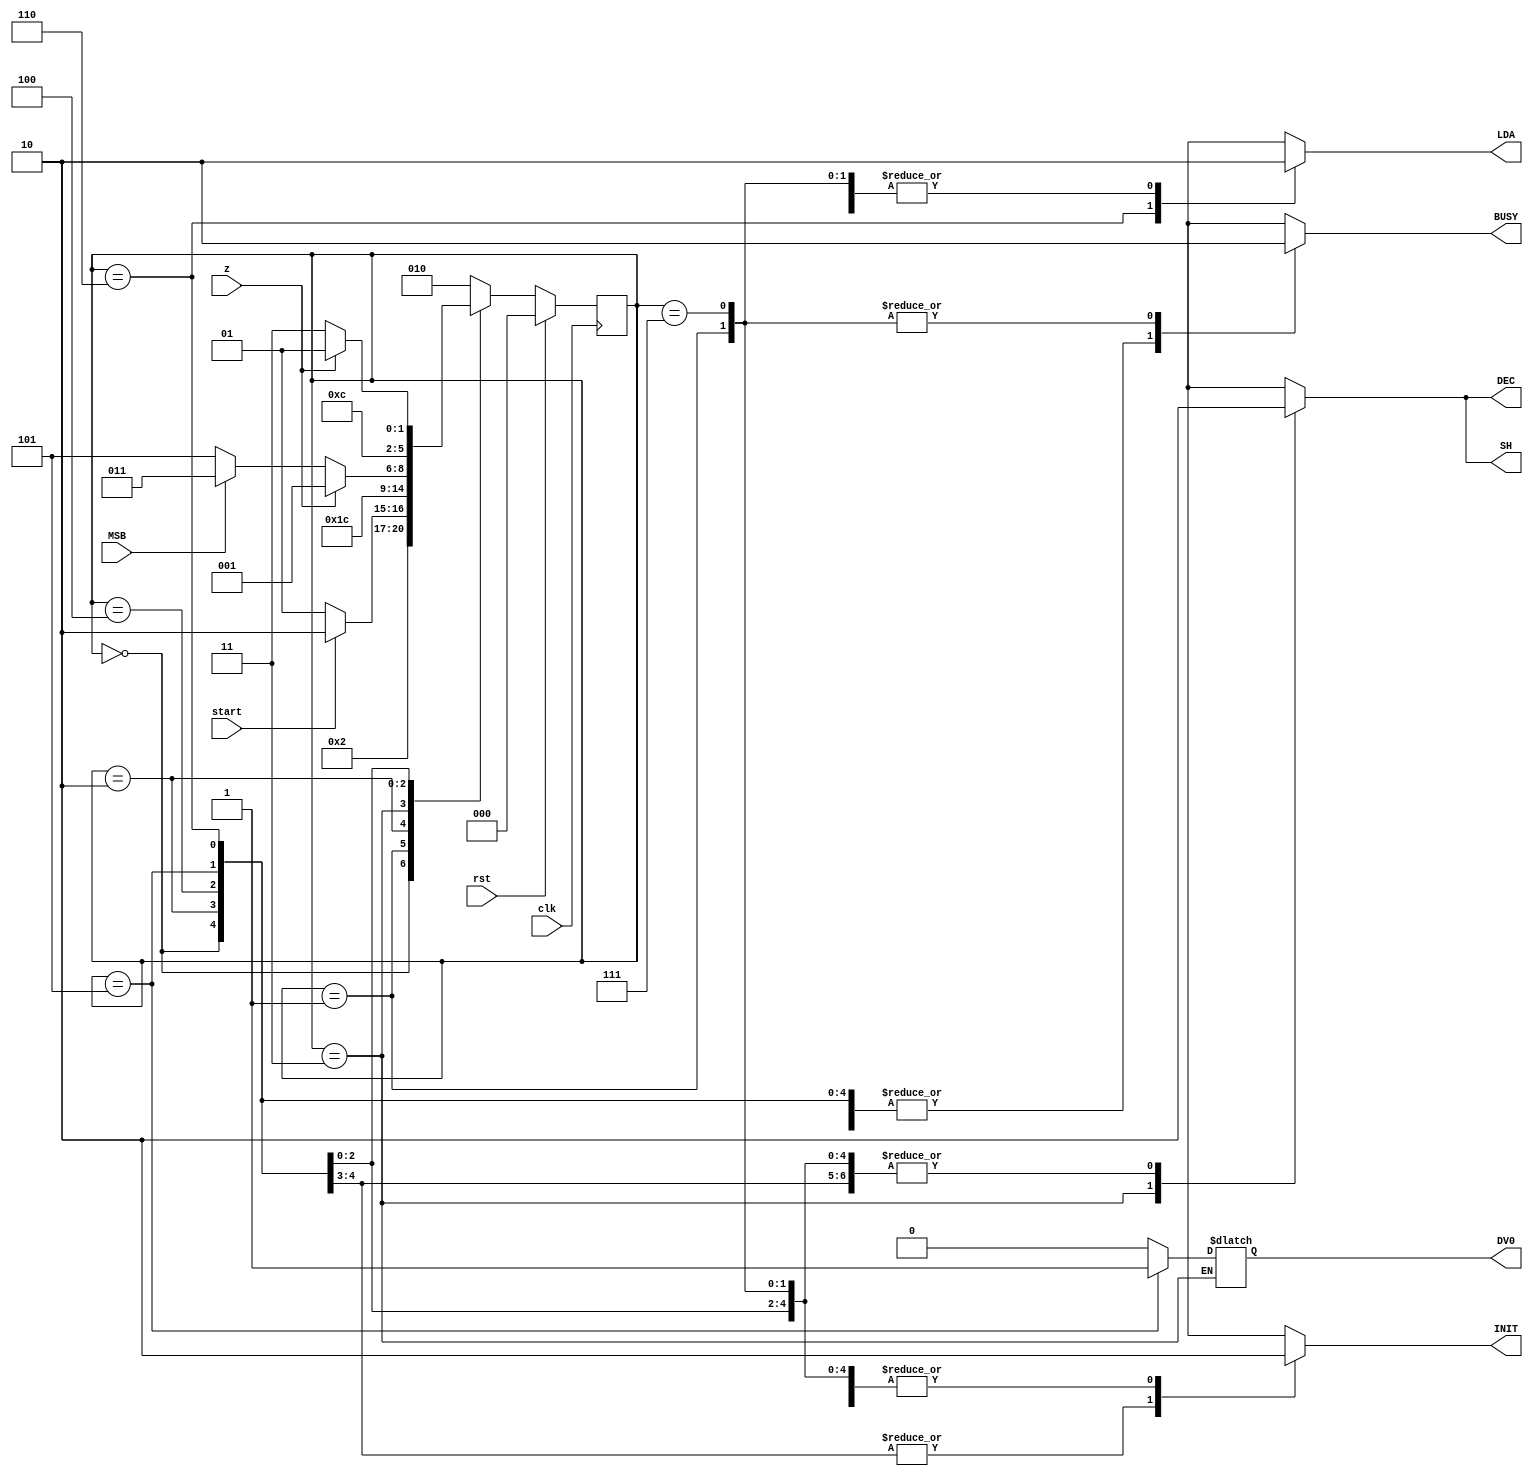
module control_div( clk , rst , start , MSB , z , INIT , SH , DEC , LDA , BUSY, DV0  );


 input clk;
 input rst;
 input start;
 input MSB;
 input z;

 output reg INIT;
 output reg DV0;
 output reg SH;
 output reg DEC;
 output reg LDA;
 output reg BUSY;


 parameter 	RESET			= 3'b000,
				IDLE			= 3'b001,
				START  		= 3'b010,
				SHIFT_DEC  	= 3'b011,
				CHECK 		= 3'b100,
				ADD  			= 3'b101,
				LOAD  		= 3'b110,
				END1  		= 3'b111;
 
 reg [2:0] state;
 
 initial begin
  INIT=1;
  DV0=0;
  SH=0;
  DEC=0;
  LDA=0;
  BUSY=1;
 end

reg [3:0] count;

always @(posedge clk) begin
    if (rst) begin
      state = RESET;
    end else begin
	 
		 case(state)
			RESET: begin
				state <= IDLE;
			end
			
			IDLE: begin
				if(start)
					state = START;
				else
					state = IDLE;
			end
			START: begin
				count=0;
				state = SHIFT_DEC;
			end
			
			SHIFT_DEC:
				state = CHECK;
			
			CHECK: begin
				if(z)
					state = IDLE;
				else begin 
				if (MSB==0)
					state = ADD;
				else
					state = SHIFT_DEC;
				end
			end
			
			ADD: state=LOAD;
			
			LOAD: begin
				if(z)
					state = IDLE;
				else
					state = SHIFT_DEC;
			end
			/*
			END1:begin
				count = count + 1;
				state = (count>9) ? START : END1 ; // hace falta de 10 ciclos de reloj, para que lea el done y luego cargue el resultado
			end
			*/
			default: state = START;
		endcase
   end
 end

always @(state) begin
	case(state)
		RESET:begin
			INIT=1;
			DV0=0;
			SH=0;
			DEC=0;
			LDA=0;
			BUSY=1;
		end
		
		IDLE:begin
			INIT=0;
			DV0=0;
			SH=0;
			DEC=0;
			LDA=0;
			BUSY=0;
		end
		
		START:begin
			INIT=1;
			DV0=0;
			SH=0;
			DEC=0;
			LDA=0;
			BUSY=1;
		end
		
		SHIFT_DEC:begin
			INIT=0;
			DV0=DV0;
			SH=1;
			DEC=1;
			LDA=0;
			BUSY=1;
		end
		
		CHECK:begin
			INIT=0;
			DV0=0;
			SH=0;
			DEC=0;
			LDA=0;
			BUSY=1;
		end
		
		ADD:begin
			INIT=0;
			DV0=1; // primero suma
			SH=0;
			DEC=0;
			LDA=0;
			BUSY=1;
		end
		
		LOAD:begin
			INIT=0;
			DV0=0;
			SH=0;
			DEC=0;
			LDA=1; // ahora carga el resultado
			BUSY=1;
		end
		
		END1:begin
			INIT=0;
			DV0=0;
			SH=0;
			DEC=0;
			LDA=0;
			BUSY=0;
		end
		
		default:begin
			INIT=1;
			DV0=0;
			SH=0;
			DEC=0;
			LDA=0;
			BUSY=1;
		end
	endcase
end

endmodule